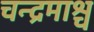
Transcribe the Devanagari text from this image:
चन्द्रमाश्च